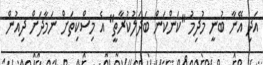
އަދި އޭނާ ބުނީ މުދިމު "ކަންކަން ބަދަލުކުރާތީ" އެ މިސްކިތަށް ނަމާދަށް ދިއުން